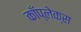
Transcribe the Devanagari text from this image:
काँप्लेक्स